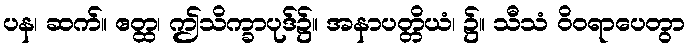
ပန၊ ဆက်။ ဧတ္ထ၊ ဤသိက္ခာပုဒ်၌။ အနာပတ္တိယံ၊ ၌။ သီသံ ဝိဝရာပေတွာ